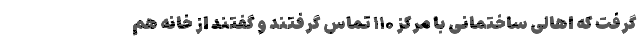
گرفت که اهالی ساختمانی با مرکز ۱۱۰ تماس گرفتند و گفتند از خانه هم